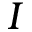
I